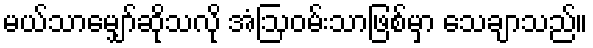
မယ်သာမျှော်ဆိုသလို အံဩဝမ်းသာဖြစ်မှာ သေချာသည်။